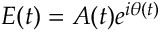
E ( t ) = A ( t ) e ^ { i \theta ( t ) }